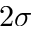
2 \sigma